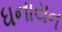
ધનાયન